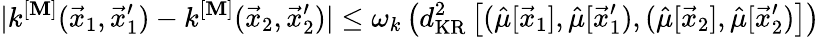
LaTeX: |k^{[\mathbf{M}]}(\vec{{x}}_{1},\vec{{x}}_{1}^{\prime})-k^{[\mathbf{M}]}(\vec{{x}}_{2},\vec{{x}}_{2}^{\prime})|\leq\omega_{k}\left(d_{\mathrm{{KR}}}^{2}\left[(\hat{{\mu}}[\vec{{x}}_{1}],\hat{{\mu}}[\vec{{x}}_{1}^{\prime}),(\hat{{\mu}}[\vec{{x}}_{2}],\hat{{\mu}}[\vec{{x}}_{2}^{\prime})\right]\right)